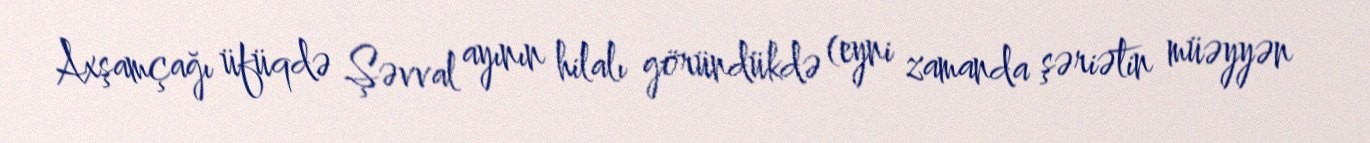
Axşamçağı üfüqdə Şəvval ayının hilalı göründükdə (eyni zamanda şəriətin müəyyən